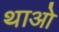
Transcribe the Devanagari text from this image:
थाओ